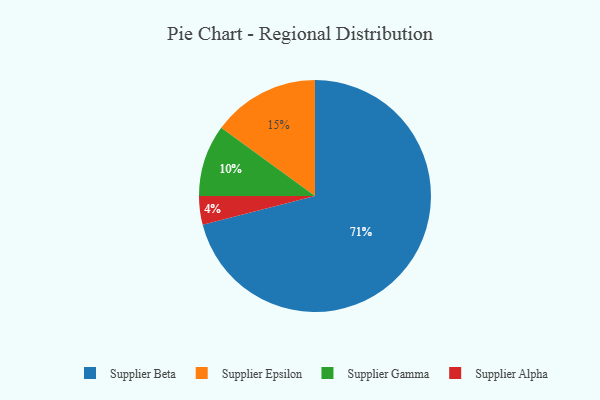
{"axis": {"x": "Category", "y": "Percentage"}, "legend": ["Supplier Alpha", "Supplier Beta", "Supplier Epsilon", "Supplier Gamma"], "data": [{"x": "Supplier Beta", "y": 71, "type": "Supplier Beta"}, {"x": "Supplier Epsilon", "y": 15, "type": "Supplier Epsilon"}, {"x": "Supplier Alpha", "y": 4, "type": "Supplier Alpha"}, {"x": "Supplier Gamma", "y": 10, "type": "Supplier Gamma"}]}